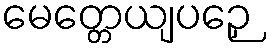
မေတ္တေယျပဉှေ